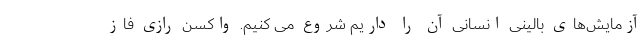
آزمایش‌های بالینی انسانی آن را داریم شروع می کنیم. واکسن رازی فاز